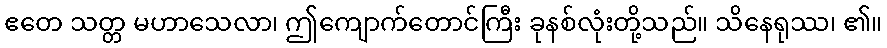
ဧတေ သတ္တ မဟာသေလာ၊ ဤကျောက်တောင်ကြီး ခုနစ်လုံးတို့သည်။ သိနေရုဿ၊ ၏။